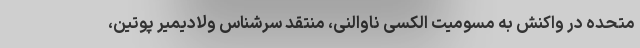
متحده در واکنش به مسومیت الکسی ناوالنی، منتقد سرشناس ولادیمیر پوتین،